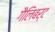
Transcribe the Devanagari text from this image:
गैलिबर्ट